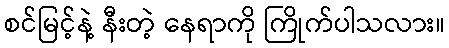
စင်မြင့်နဲ့ နီးတဲ့ နေရာကို ကြိုက်ပါသလား။